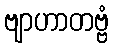
ဗျာဟာတဗ္ဗံ